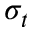
\sigma _ { t }